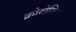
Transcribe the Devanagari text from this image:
क्रोटोशिनर